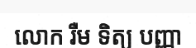
លោក រឺម ទិត្យ បញ្ញា